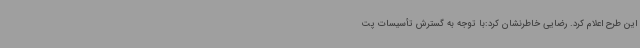
این طرح اعلام کرد. رضایی خاطرنشان کرد:با توجه به گسترش تأسیسات پت